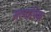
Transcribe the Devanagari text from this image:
सत्यापिक